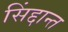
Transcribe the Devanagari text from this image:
सिंद्दान्त